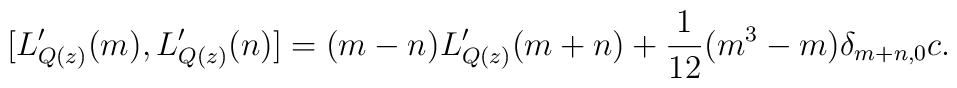
[L'_{Q(z)}(m), L'_{Q(z)}(n)]=(m-n)L'_{Q(z)}(m+n)+{\displaystyle\frac{1}{12}}(m^{3}-m)\delta_{m+n,0}c.